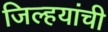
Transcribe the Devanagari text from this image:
जिल्हयांची